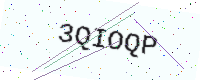
Text: 3QIOQP